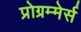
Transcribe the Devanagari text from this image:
प्रोग्रम्मेर्स